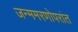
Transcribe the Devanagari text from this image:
जन्ममरणोपरांत